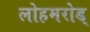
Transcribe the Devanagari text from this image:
लोहमरोड्